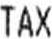
TAX